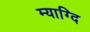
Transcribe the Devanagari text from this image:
म्याग्दि